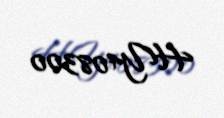
HY408300